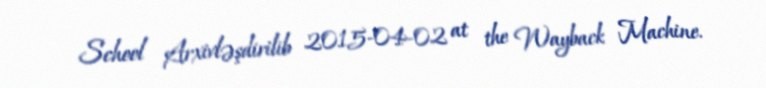
School Arxivləşdirilib 2015-04-02 at the Wayback Machine.